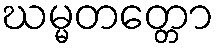
ဃမ္မတတ္တော